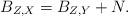
LaTeX: \begin{align*}B_{Z,X}=B_{Z,Y}+N.\end{align*}